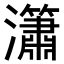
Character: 𤄙